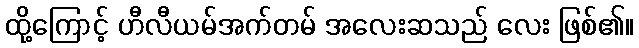
ထို့ကြောင့် ဟီလီယမ်အက်တမ် အလေးဆသည် လေး ဖြစ်၏။